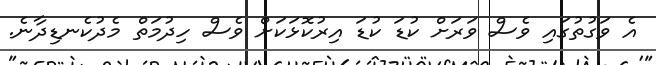
އެ ވަގުތުގައި ވެސް ވަރަށް ކުޑަ ކުޑަ އިރުކޮޅަކަށް ވެސް ހިދުމަތް މެދުކެނޑިދާނެ.